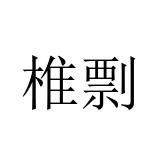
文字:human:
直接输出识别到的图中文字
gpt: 椎剽